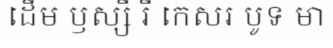
ដើម ឫស្សី រី កេសរ បូទ មា